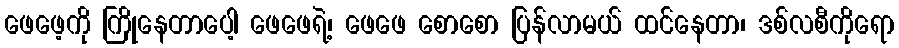
ဖေဖေ့ကို ကြိုနေတာပေါ့ ဖေဖေရဲ့၊ ဖေဖေ စောစော ပြန်လာမယ် ထင်နေတာ၊ ဒစ်လစီကိုရော